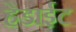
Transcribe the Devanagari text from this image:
हेडाईट